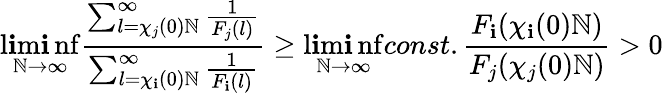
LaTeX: \operatorname*{l\mathbf{i}m\mathbf{i}nf}_{\mathbb{N}\to\infty}\frac{{\sum_{l=\chi_{j}(0)\mathbb{N}}^{\infty}\frac{{1}}{{F_{j}(l)}}}}{{\sum_{l=\chi_{\mathbf{i}}(0)\mathbb{N}}^{\infty}\frac{{1}}{{F_{\mathbf{i}}(l)}}}}\ge\operatorname*{l\mathbf{i}m\mathbf{i}nf}_{\mathbb{N}\to\infty}const.\frac{{F_{\mathbf{i}}(\chi_{\mathbf{i}}(0)\mathbb{N})}}{{F_{j}(\chi_{j}(0)\mathbb{N})}}>0